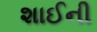
શાઈની